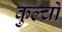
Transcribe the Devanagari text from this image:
कुल्चों